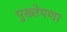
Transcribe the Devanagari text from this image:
पुख्तेपणा